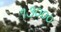
૧૩૦૦૦